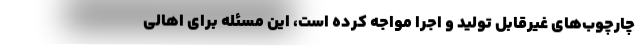
چارچوب‌های غیرقابل تولید و اجرا مواجه کرده است، این مسئله برای اهالی